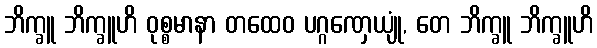
ဘိက္ခူ ဘိက္ခူဟိ ဝုစ္စမာနာ တထေဝ ပဂ္ဂဏှေယျုံ, တေ ဘိက္ခူ ဘိက္ခူဟိ